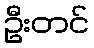
ဦးတင်